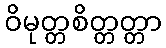
ဝိမုတ္တစိတ္တတ္တာ